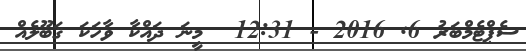
ސެޕްޓެމްބަރު 6